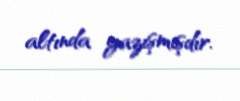
altında yazışmışdır.